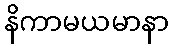
နိကာမယမာနာ